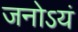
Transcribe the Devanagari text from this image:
जनोऽयं